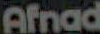
Afnad